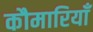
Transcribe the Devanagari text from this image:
कौमारियाँ